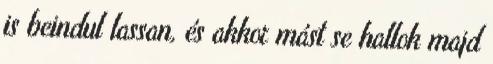
is beindul lassan, és akkor mást se hallok majd